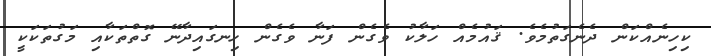
ކިހިނެއްކަން ދެނެގަތުމެވެ. ޤައުމެއް ހަލާކު ވެގެން ފަނާ ވެގެން ހިނގައިދާނޭ ގޮތްތަކާއި މަގުތަކަކީ